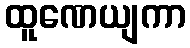
ထူဏေယျကာ